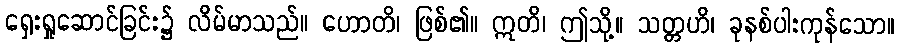
ရှေးရှုဆောင်ခြင်း၌ လိမ်မာသည်။ ဟောတိ၊ ဖြစ်၏။ ဣတိ၊ ဤသို့။ သတ္တဟိ၊ ခုနစ်ပါးကုန်သော။